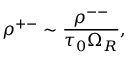
\rho ^ { + - } \sim \frac { \rho ^ { -- } } { \tau _ { 0 } \Omega _ { R } } ,